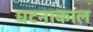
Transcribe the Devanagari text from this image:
घटनाकाल